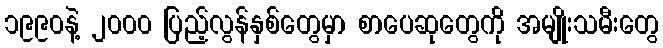
၁၉၉၀နဲ့ ၂၀၀၀ ပြည့်လွန်နှစ်တွေမှာ စာပေဆုတွေကို အမျိုးသမီးတွေ